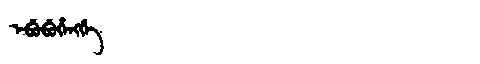
Manchu: ᡝᠪᡠᠪᡠᡥᡝᠩᡤᡝ
Romanization: EBUBUHENGGE